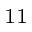
_ { 1 1 }